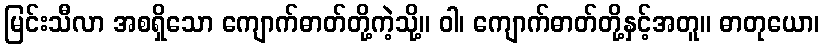
မြင်းသီလာ အစရှိသော ကျောက်ဓာတ်တို့ကဲ့သို့။ ဝါ၊ ကျောက်ဓာတ်တို့နှင့်အတူ။ ဓာတုယော၊